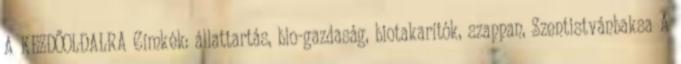
A KEZDŐOLDALRA Címkék: állattartás, bio-gazdaság, biotakarítók, szappan, Szentistvánbaksa A